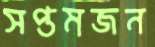
সপ্তমজন